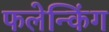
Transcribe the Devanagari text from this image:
फलेन्किंग